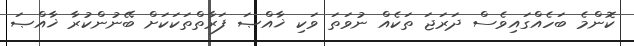
ކޮންމެ ބަހެއްގައިވެސް ދަރަޖަ ތަކެއް ނުވަތަ ވަކި ޚާއްޞަ ފަރާތްތަކަކަށް ބޭނުންކުރާ ޚާއްޞަ